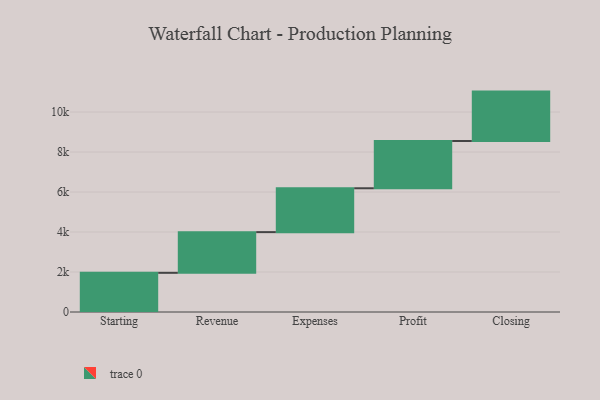
{"axis": {"x": "Step", "y": "Value"}, "legend": [""], "data": [{"x": "Starting", "y": 1959.0, "type": ""}, {"x": "Revenue", "y": 2035.0, "type": ""}, {"x": "Expenses", "y": 2194.0, "type": ""}, {"x": "Profit", "y": 2364.0, "type": ""}, {"x": "Closing", "y": 2470.0, "type": ""}]}